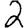
Digit: 2